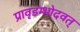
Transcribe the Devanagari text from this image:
प्रावृडम्भोदवत्